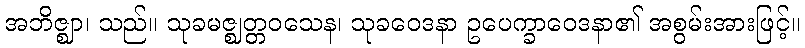
အဘိဇ္ဈာ၊ သည်။ သုခမဇ္ဈတ္တဝသေန၊ သုခဝေဒနာ ဥပေက္ခာဝေဒနာ၏ အစွမ်းအားဖြင့်။